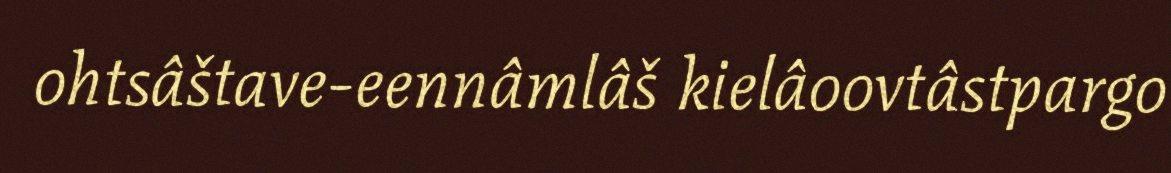
ohtsâštave-eennâmlâš kielâoovtâstpargo